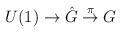
\begin{align*}U(1) \to \hat G \stackrel{\pi}{\to} G\end{align*}